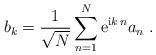
LaTeX: \begin{align*}b_k=\frac{1}{\sqrt{N}}\sum_{n=1}^N\mathrm{e}^{\mathrm{i}k\,n}a_n\ .\end{align*}